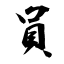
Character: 員